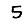
Digit: 5